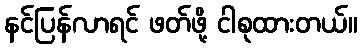
နင်ပြန်လာရင် ဖတ်ဖို့ ငါစုထားတယ်။